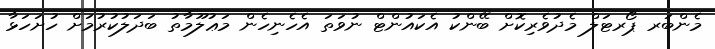
މެންބަރ ޕޯރޓަލް މެދުވެރިކޮށް ބޭންކު އެކައުންޓް ނުވަތަ އެހެނިހެން މަޢުލޫމާތު ބަދަލުކުރުމަށް ހުށަހަޅާ